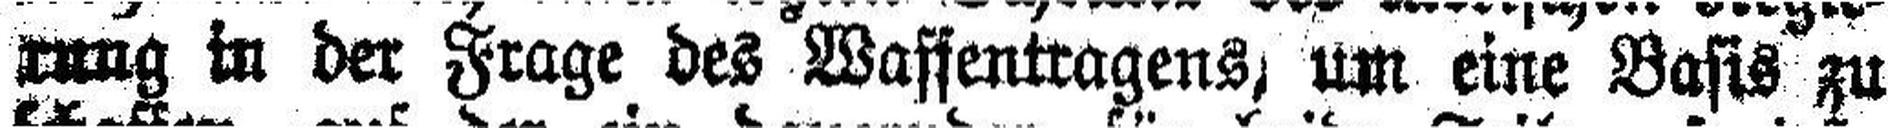
rung in der Frage des Waffentragens, um eine Basis zu